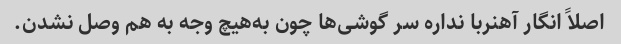
اصلاً انگار آهنربا نداره سر گوشی‌ها چون به‌هیچ وجه به هم وصل نشدن.